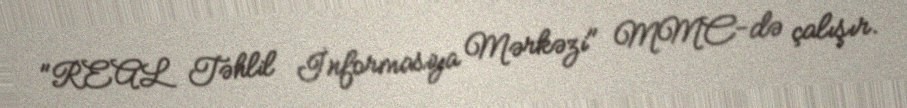
"REAL Təhlil İnformasiya Mərkəzi" MMC-də çalışır.